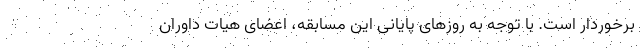
برخوردار است. با توجه به روزهای پایانی این مسابقه، اعضای هیات داوران